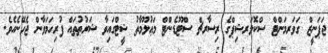
ޖަޕަނީޒް ގަވަރމަންޓް ސްކޮލަރޝިޕްގެ ރިސާރޗް ސްޓޫޑެންޓް މަޢުލޫމާތު ޝީޓްގައިވާ ޝަރުޠުތައް ފުރިހަމަވާން ޖެހޭނެއެވެ.